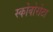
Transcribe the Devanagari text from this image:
स्कोवोरोटा